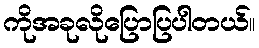
ကိုအခုလိုပြောပြပါတယ်။